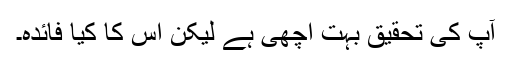
آپ کی تحقیق بہت اچھی ہے لیکن اس کا کیا فائدہ۔